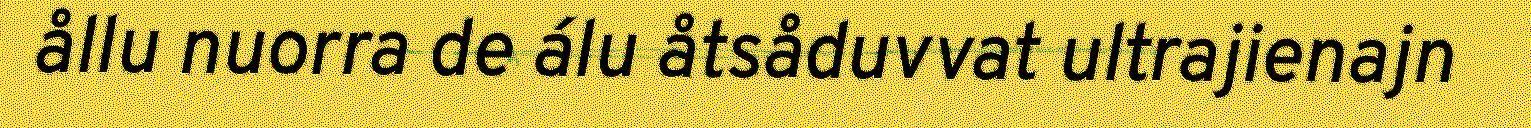
ållu nuorra de álu åtsåduvvat ultrajienajn